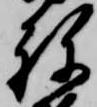
祢